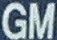
GM